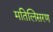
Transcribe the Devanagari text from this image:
मतिलिसरण